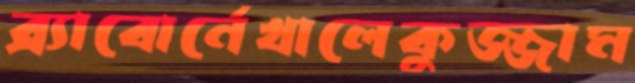
ব্র্যাবোর্নেখালেকুজ্জাম